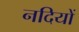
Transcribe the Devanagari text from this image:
नदियों